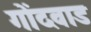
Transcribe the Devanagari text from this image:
गोंदवाड